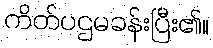
ကိတ်ပဌမခန်းပြီး၏။